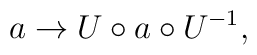
a\rightarrow U\circ a\circ U^{-1},